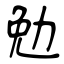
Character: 勉